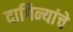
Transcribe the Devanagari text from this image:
दागिन्यांचे